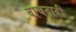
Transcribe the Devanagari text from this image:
वाचनादी